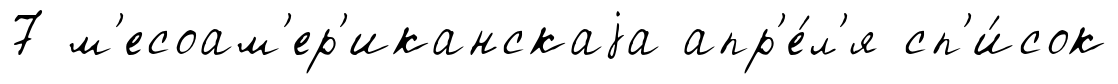
7 м'есоам'ер'иканскаjа апр'е́л'я сп'и́сок